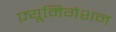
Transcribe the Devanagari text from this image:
फ़्यूमिगेशन